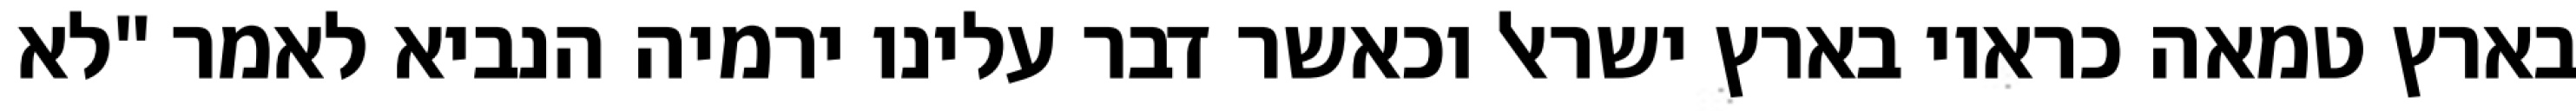
בארץ טמאה כראוי בארץ ישראל וכאשר דבר עלינו ירמיה הנביא לאמר "לא